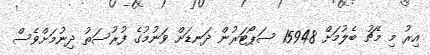
އިރު މި މެޗު ބެލުމަށް 15948 ސަޕޯޓަރުން ދަނޑަށް ވަނުމުގެ ފުރުސަތު ދިނުމަށްވެސް